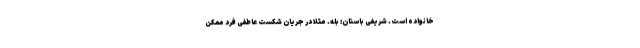
خانواده است. شریفی باستان: بله. مثلا در جریان شکست عاطفی فرد ممکن